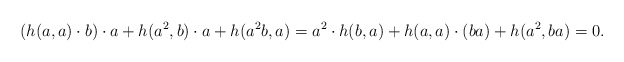
\begin{align*}(h(a,a)\cdot b)\cdot a + h(a^2,b)\cdot a + h(a^2b,a) = a^2\cdot h(b,a) + h(a,a)\cdot (ba) + h(a^2,ba) = 0.\end{align*}